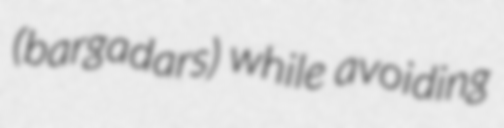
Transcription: (bargadars) while avoiding